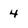
Character: 4